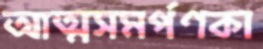
আত্মসমর্পণকা